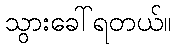
သွားခေါ်ရတယ်။